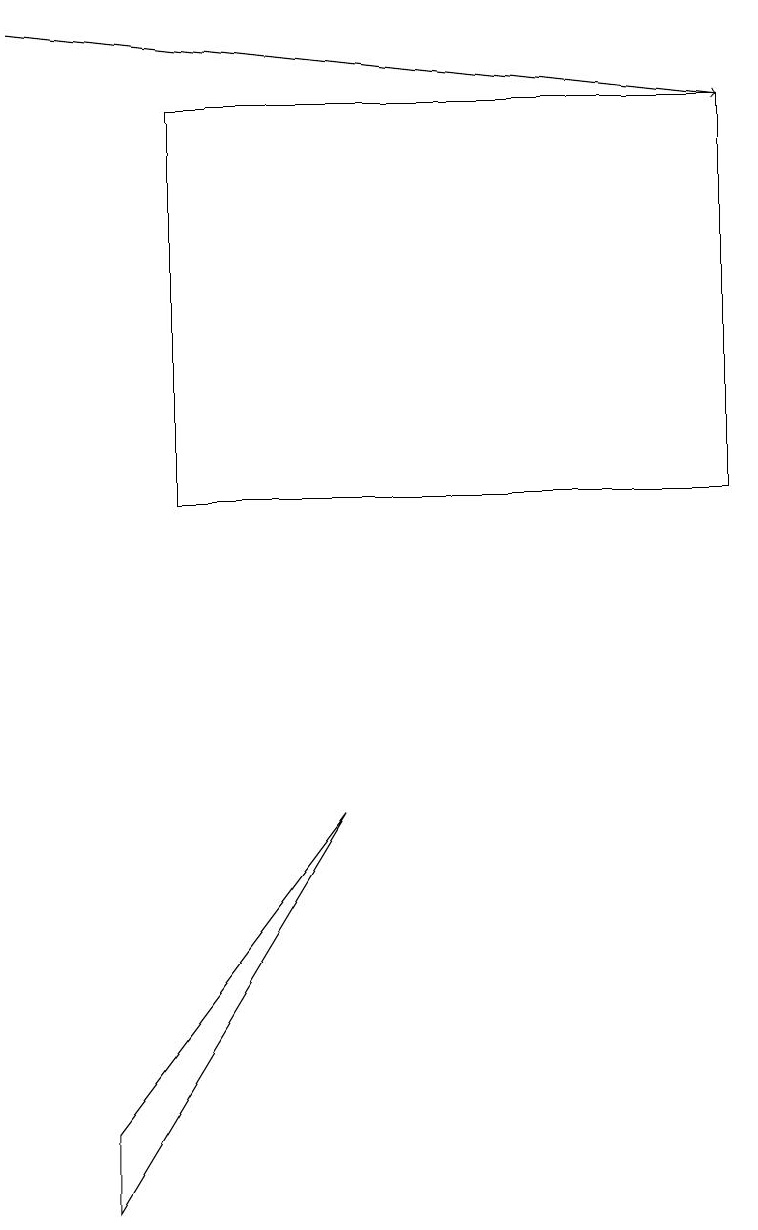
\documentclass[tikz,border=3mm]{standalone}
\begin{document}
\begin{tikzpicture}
\draw[->] (0,19) -- (9,18);
\draw (1,5) -- (4,9) -- (1,4) -- cycle;
\draw (9,18) rectangle (2,13);
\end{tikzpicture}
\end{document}